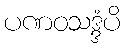
ပဏဝသဒ္ဒံပိ